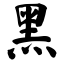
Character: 黑